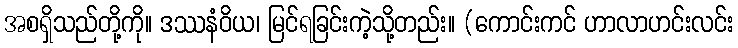
အစရှိသည်တို့ကို။ ဒဿနံဝိယ၊ မြင်ရခြင်းကဲ့သို့တည်း။ (ကောင်းကင် ဟာလာဟင်းလင်း